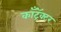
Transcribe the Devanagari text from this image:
काँट्रॅक्टर